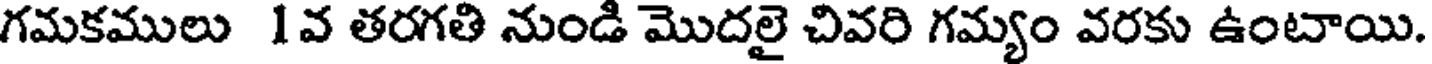
గమకములు 1వ తరగతి నుండి మొదలై చివరి గమ్యం వరకు ఉంటాయి.